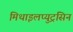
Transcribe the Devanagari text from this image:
मिथाइलप्युट्रसिन